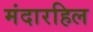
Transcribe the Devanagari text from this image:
मंदारहिल